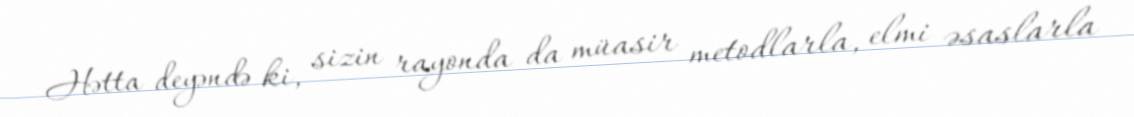
Hətta deyəndə ki, sizin rayonda da müasir metodlarla, elmi əsaslarla